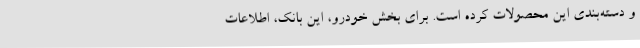
و دسته‌بندی این محصولات کرده است. برای بخش خودرو، این بانک، اطلاعات